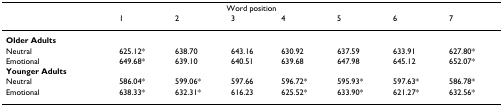
<table><thead><tr><td colspan="8"><b>Word position</b></td></tr><tr><td></td><td><b>1</b></td><td><b>2</b></td><td><b>3</b></td><td><b>4</b></td><td><b>5</b></td><td><b>6</b></td><td><b>7</b></td></tr></thead><tbody><tr><td><b>Older Adults</b></td><td></td><td></td><td></td><td></td><td></td><td></td><td></td></tr><tr><td>Neutral</td><td>625.12*</td><td>638.70</td><td>643.16</td><td>630.92</td><td>637.59</td><td>633.91</td><td>627.80*</td></tr><tr><td>Emotional</td><td>649.68*</td><td>639.10</td><td>640.51</td><td>639.68</td><td>647.98</td><td>645.12</td><td>652.07*</td></tr><tr><td><b>Younger Adults</b></td><td></td><td></td><td></td><td></td><td></td><td></td><td></td></tr><tr><td>Neutral</td><td>586.04*</td><td>599.06*</td><td>597.66</td><td>596.72*</td><td>595.93*</td><td>597.63*</td><td>586.78*</td></tr><tr><td>Emotional</td><td>638.33*</td><td>632.31*</td><td>616.23</td><td>625.52*</td><td>633.90*</td><td>621.27*</td><td>632.56*</td></tr></tbody></table>